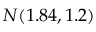
N ( 1 . 8 4 , 1 . 2 )